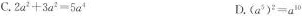
C. $$2a^{2}+3a^{2}=5a^{4}$$ D.$$(a^{5})^{2}=a^{10}$$